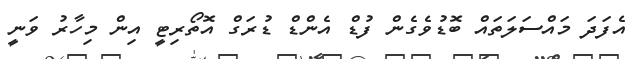
އެފަދަ މައްސަލަތައް ބޮޑުވެގެން ފުޑް އެންޑް ޑުރަގް އޮތޯރިޓީ އިން މިހާރު ވަނީ